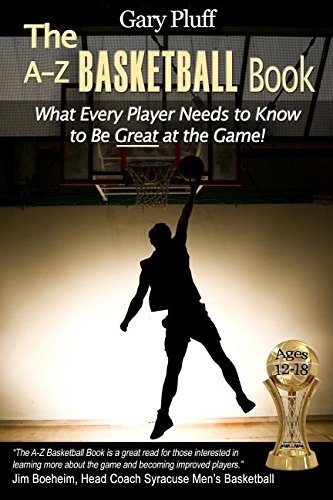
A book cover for The A-Z Basketball Book: What Every Player Needs to Know to Be Great at the Game!; Gary E. Pluff; Teen & Young Adult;